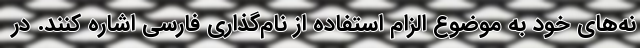
نه‌های خود به موضوع الزام استفاده از نام‌گذاری فارسی اشاره کنند. در